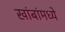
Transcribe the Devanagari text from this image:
खांबांमध्ये